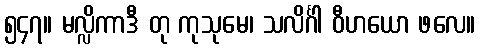
၅၄၇။ မလ္လိကာဒီ တု ကုသုမေ၊ သလိင်္ဂါ ဝီဟယော ဖလေ။